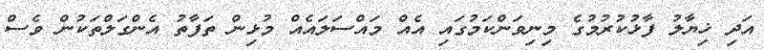
އަދި ޚިޔާލު ފާޅުކުރުމުގެ މިނިވަންކަމުގައި އެއް މައްސަލައެއް މުޅިން ތަފާތު އެންގަލްތަކުން ވެސް